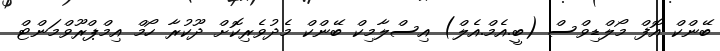
ބޭންކް އޮފް މޯލްޑިވްސް (ބީ.އެމް.އެލް) އިސްލާމިކް ބޭންކް މެދުވެރިކޮށް ދޫކުރާ ހޯމް އިމްޕްރޫވްމަންޓް